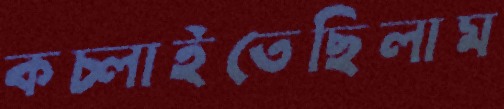
কচ্‌লাইতেছিলাম